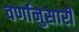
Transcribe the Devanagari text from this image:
वर्णानुसारी